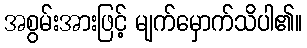
အစွမ်းအားဖြင့် မျက်မှောက်သိပါ၏။